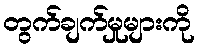
တွက်ချက်မှုများကို